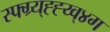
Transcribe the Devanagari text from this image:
स्फ्ग्र्य्ह्ह्य्व्४ग